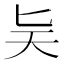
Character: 𪟩